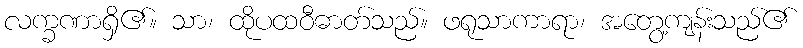
လက္ခဏာရှိ၏။ သာ၊ ထိုပထဝီဓာတ်သည်။ ဖရုသာကာရာ၊ အတွေ့ကျန်းသည်၏